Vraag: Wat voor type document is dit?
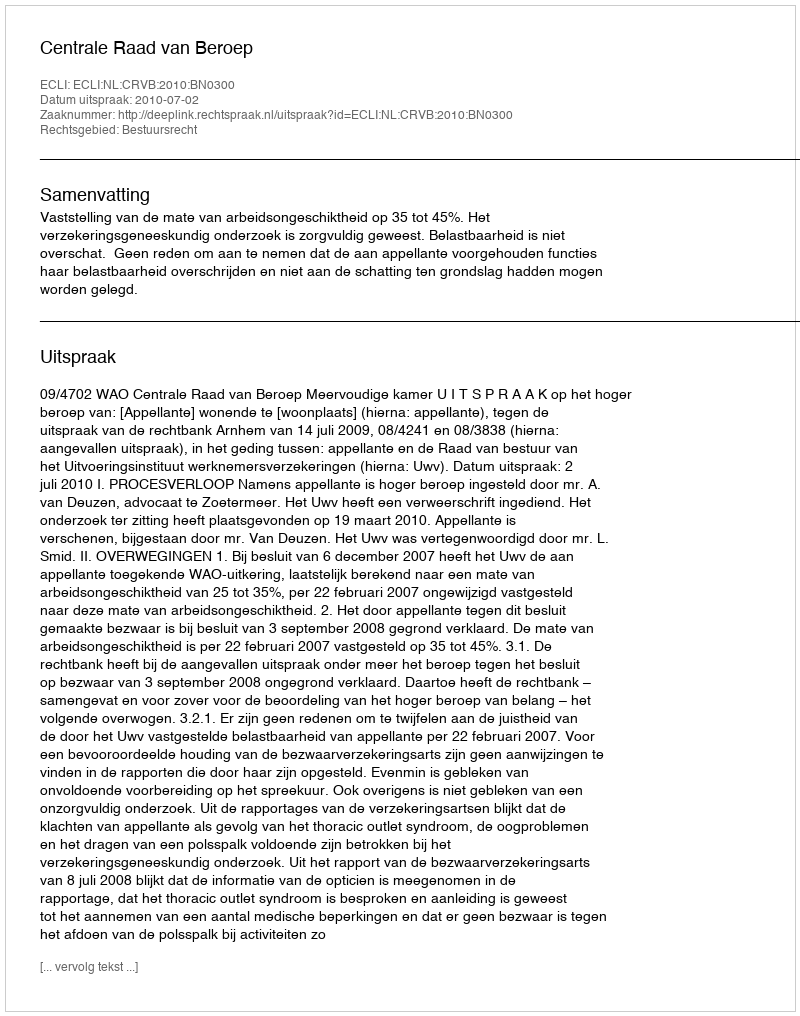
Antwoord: Uitspraak